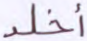
أخلد